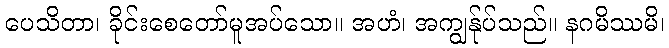
ပေသိတာ၊ ခိုင်းစေတော်မူအပ်သော။ အဟံ၊ အကျွန်ုပ်သည်။ နဂမိဿမိ၊